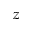
z